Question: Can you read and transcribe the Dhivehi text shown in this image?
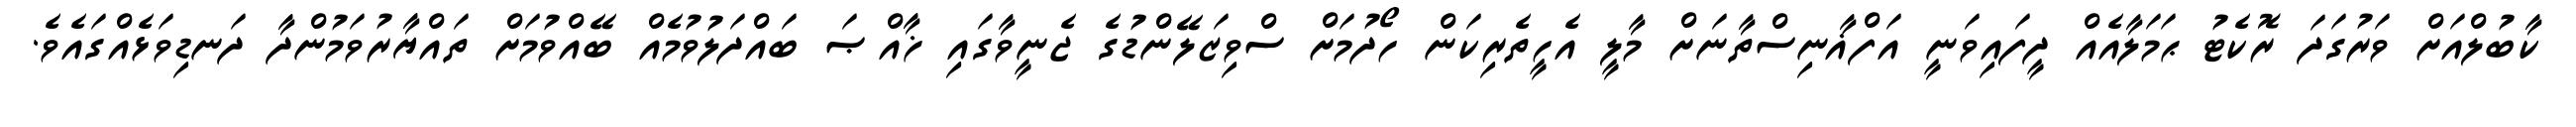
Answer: ކާބުލްއަށް ވަރުގަދަ ރޮކެޓު ޙަމަލާއެއް ދީފައިވަނީ އަފްޣާނިސްތާނަށް މާލީ އެހީތެރިކަން ހޯދުމަށް ސްވިޒަލޭންޑުގެ ޖެނީވާގައި ޚާއްޞަ ބައްދަލުވުމެއް ބޭއްވުމަށް ތައްޔާރުވަމުންދާ ދަނޑިވަޅެއްގައެވެ.